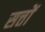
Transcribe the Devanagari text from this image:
सत्तों